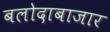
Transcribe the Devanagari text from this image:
बलोदाबाजार